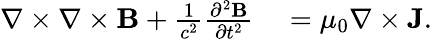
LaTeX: \begin{array}{rl}{\nabla\times\nabla\times{\mathbf B}+\frac{1}{c^{2}}\frac{\partial^{2}{\mathbf B}}{\partial t^{2}}}&{{}=\mu_{0}\nabla\times{\mathbf J}.}\end{array}